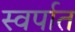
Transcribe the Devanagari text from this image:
स्वर्पात